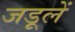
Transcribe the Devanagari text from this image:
जड़ूलें